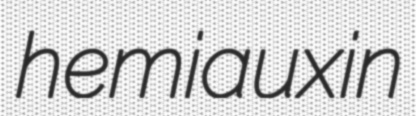
hemiauxin